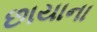
છાયાના